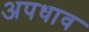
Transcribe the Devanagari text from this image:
अपधाव